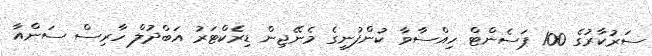
ސަރުކާރުގެ 100 ޕަސެންޓް ހިއްސާވާ ކުންފުނީގެ މެނޭޖިން ޑިރެކްޓަރު އަބްދުލް ހާރިސް ސަންއާ